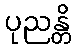
ပုညန္တိ